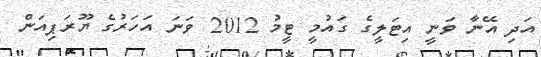
އަދި އޭނާ ވަނީ އިޓަލީގެ ގައުމީ ޓީމު 2012 ވަނަ އަހަރުގެ ޔޫރަޕިއަން